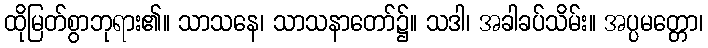
ထိုမြတ်စွာဘုရား၏။ သာသနေ၊ သာသနာတော်၌။ သဒါ၊ အခါခပ်သိမ်း။ အပ္ပမတ္တော၊